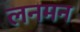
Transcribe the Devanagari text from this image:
लनमन